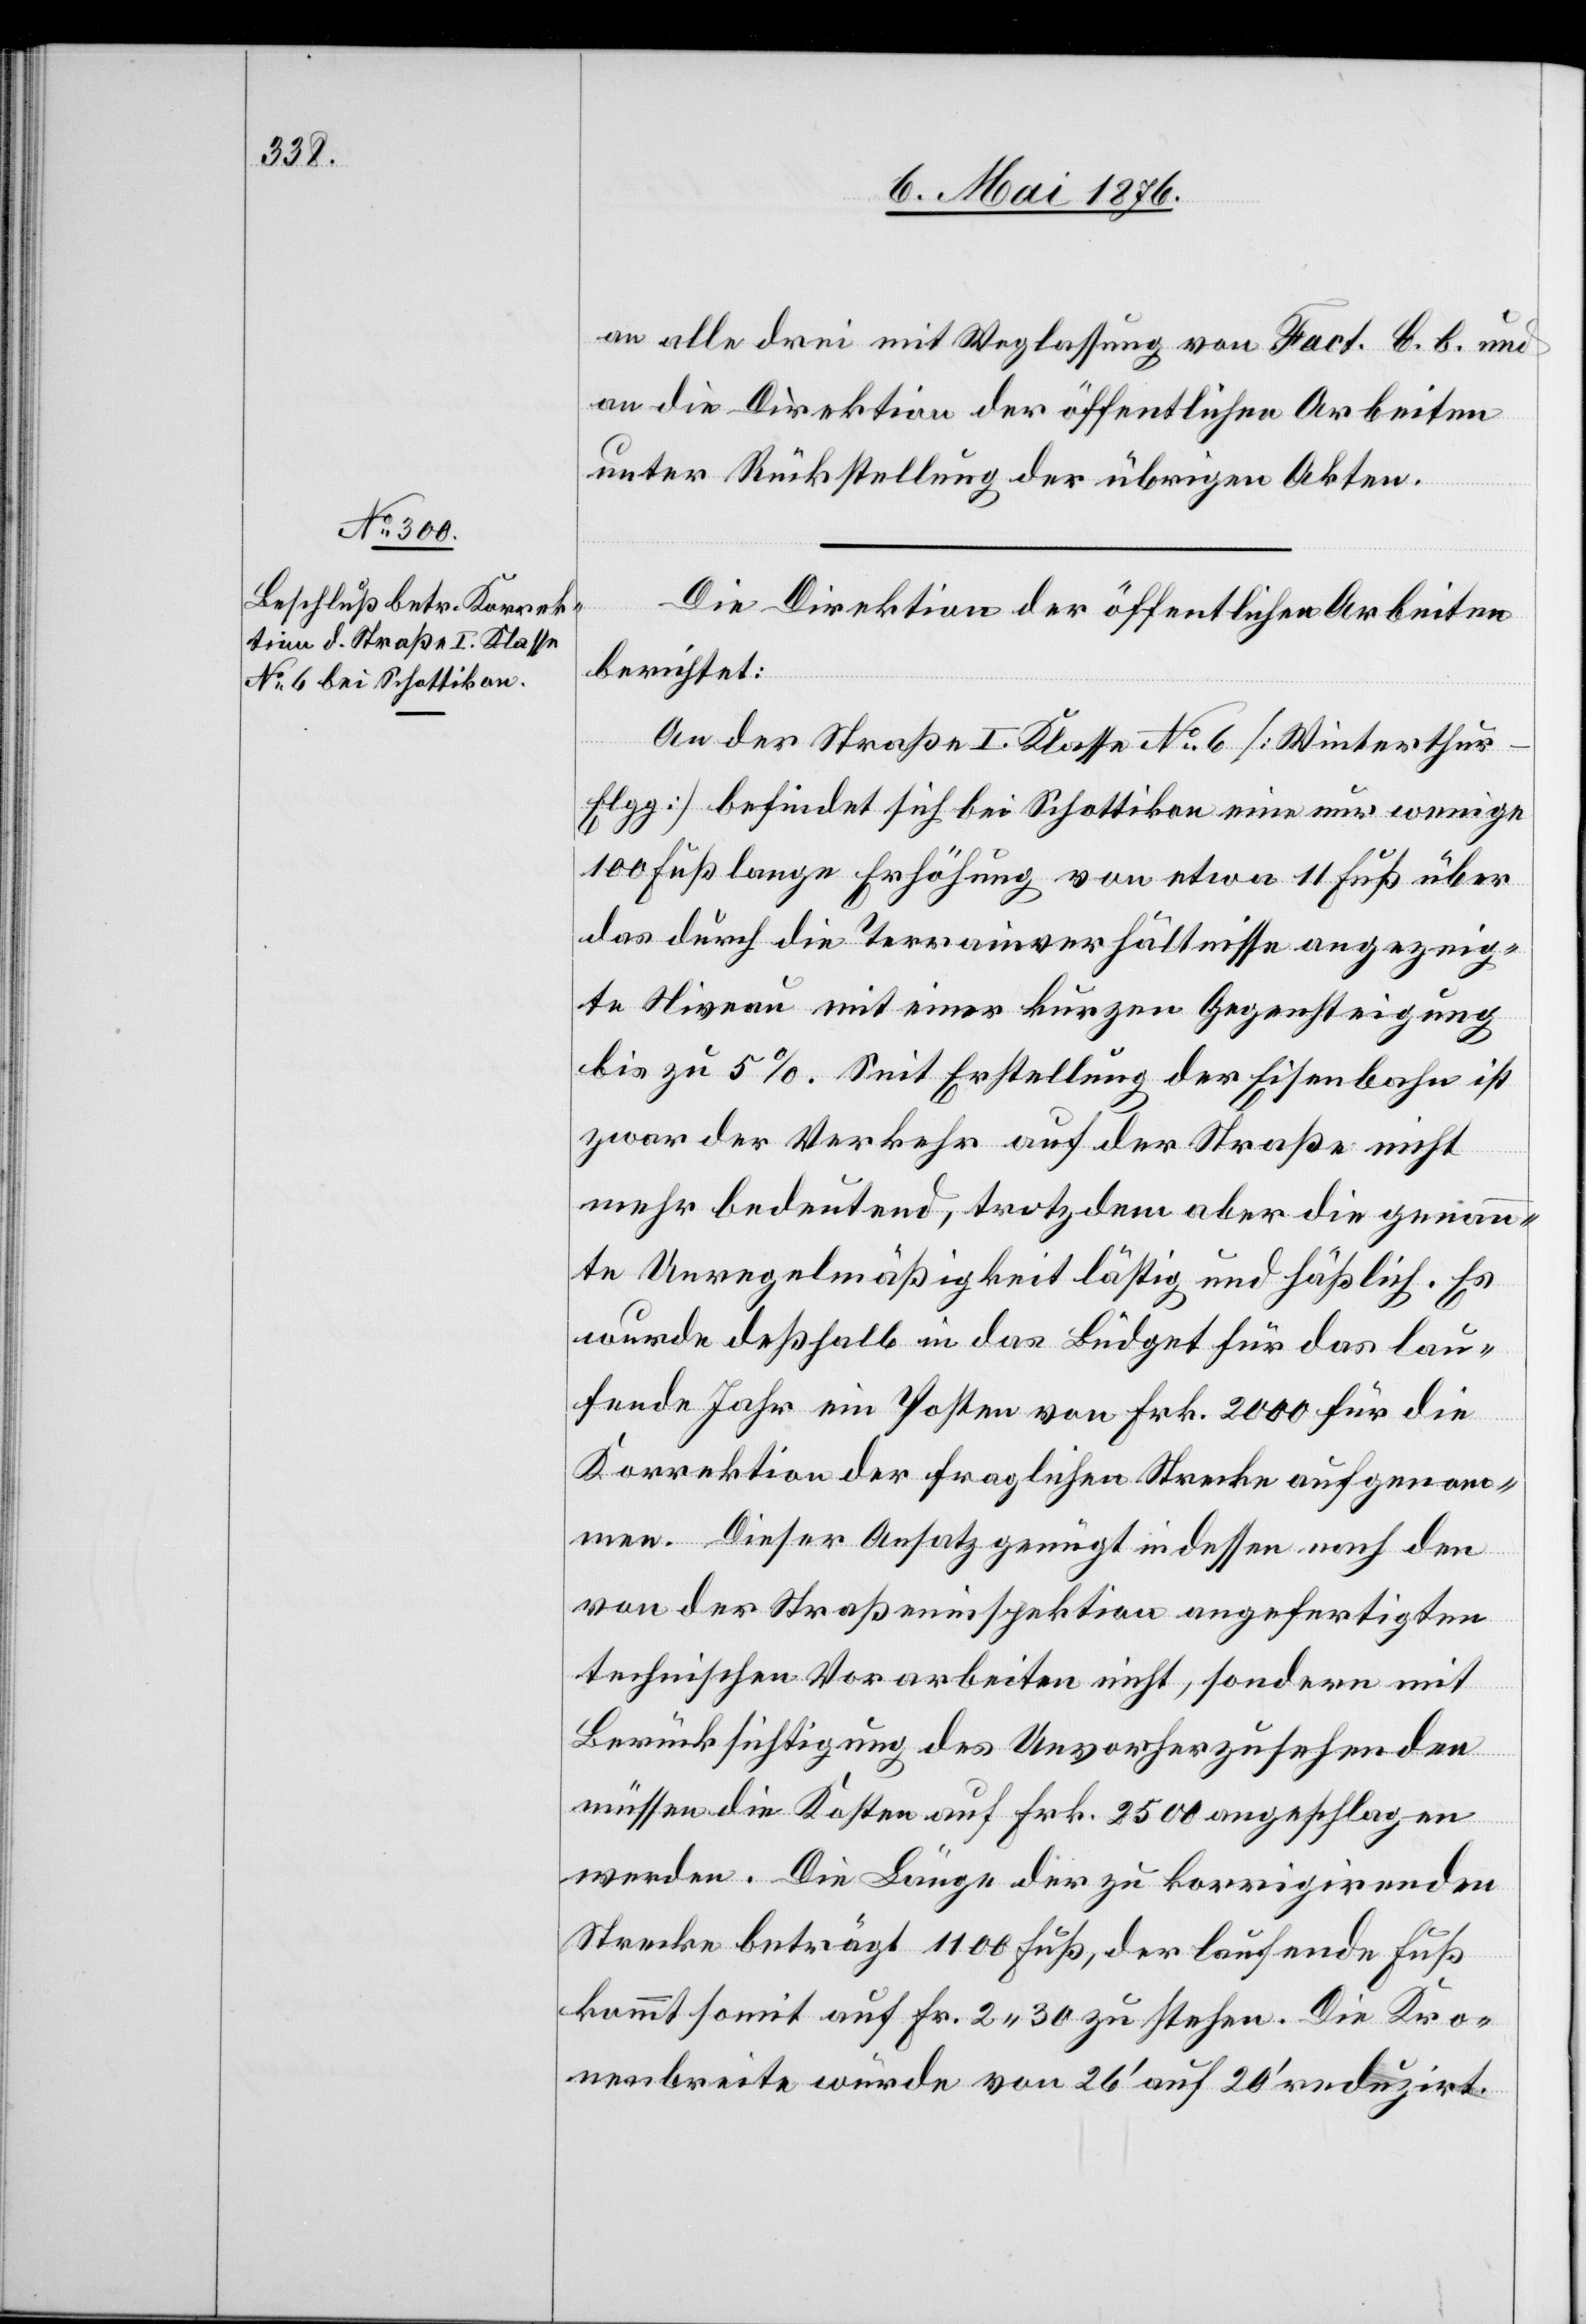
an alle drei mit Weglassung von Fact. b. b. und
an die Direktion der öffentlichen Arbeiten
unter Rückstellung der übrigen Akten.
Die Direktion der öffentlichen Arbeiten
berichtet:
An der Straße I. Klasse No 6 [Winterthu¬
r–Elgg] befindet sich bei Schottikon eine nur wenige
100 Fuß lange Erhöhung von etwa 11 Fuß über
das durch die Terrainverhältnisse angezeig¬
te Niveau mit einer kurzen Gegensteigung
bis zu 5 %. Seit Erstellung der Eisenbahn ist
zwar der Verkehr auf der Straße nicht
mehr bedeutend, trotz dem aber die genann¬
te Unregelmäßigkeit lästig und häßlich. Es
wurde deßhalb in das Büdget für das lau¬
fende Jahr ein Posten von Frk. 2000 für die
Korrektion der fraglichen Strecke aufgenom¬
men. Dieser Ansatz genügt indessen nach den
von der Straßeninspektion angefertigten
technischen Vorarbeiten nicht, sondern mit
Berücksichtigung des Unvorherzusehenden
müssen die Kosten auf Frk. 2500 angeschlagen
werden. Die Länge der zu korrigirenden
Strecke beträgt 1100 Fuß, der laufende Fuß
kommt somit auf Fr. 2 30 zu stehen. Die Kro¬
nenbreite würde von 26’ auf 20’ reduzirt.